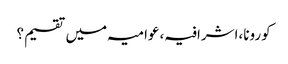
کورونا،اشرافیہ،عوامیہ میں تقسیم؟